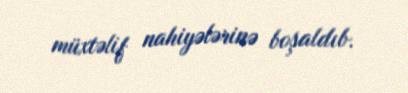
müxtəlif nahiyələrinə boşaldıb.